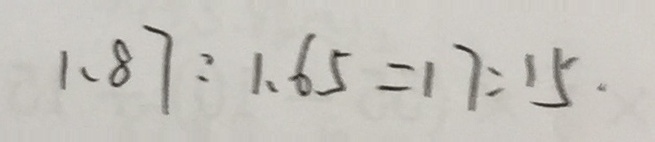
1 . 8 7 : 1 . 6 5 = 1 7 : 1 5 .